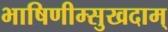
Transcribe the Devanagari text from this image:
भाषिणीम्सुखदाम्